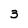
Character: 3